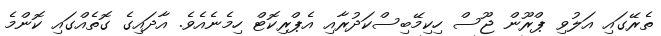
ތެރޭގައި އަލުވި ޕްރޫން ޖޫސް ހިކިމޭބިސްކަދުރާއި އެޕްރިކޮޓް ހިމެނެއެވެ. އާދައިގެ ގޮތެއްގައި ކޮންމެ